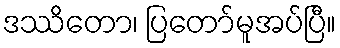
ဒဿိတော၊ ပြတော်မူအပ်ပြီ။